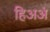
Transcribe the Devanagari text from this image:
हिअअं